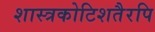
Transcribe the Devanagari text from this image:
शास्त्रकोटिशतैरपि